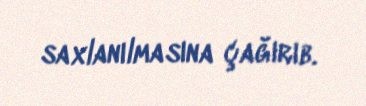
saxlanılmasına çağırıb.